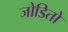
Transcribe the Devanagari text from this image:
जोडितो